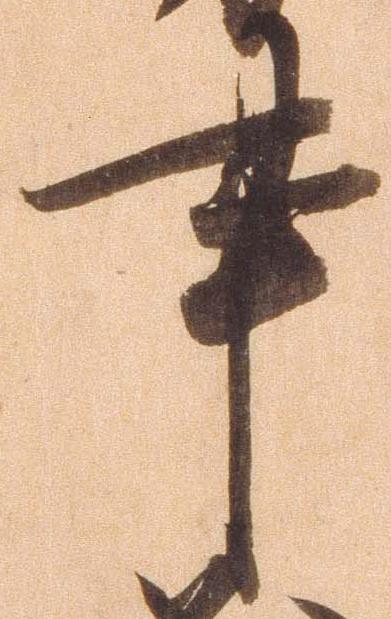
事